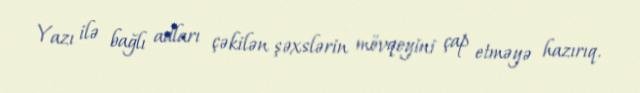
Yazı ilə bağlı adları çəkilən şəxslərin mövqeyini çap etməyə hazırıq.